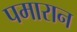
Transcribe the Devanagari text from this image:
पमारान